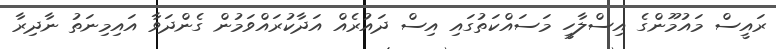
ރައީސް މައުމޫންގެ އިސްލާހީ މަސައްކަތުގައި އިސް ދައުރެއް އަދާކުރައްވަމުން ގެންދަވާ އައިމިނަތު ނާދިރާ